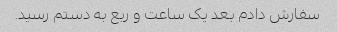
سفارش دادم بعد یک ساعت و ربع به دستم رسید.